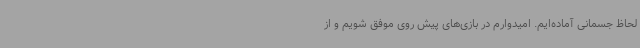
لحاظ جسمانی آماده‌ایم. امیدوارم در بازی‌های پیش روی موفق شویم و از